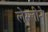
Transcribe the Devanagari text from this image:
लेस्‍लीने